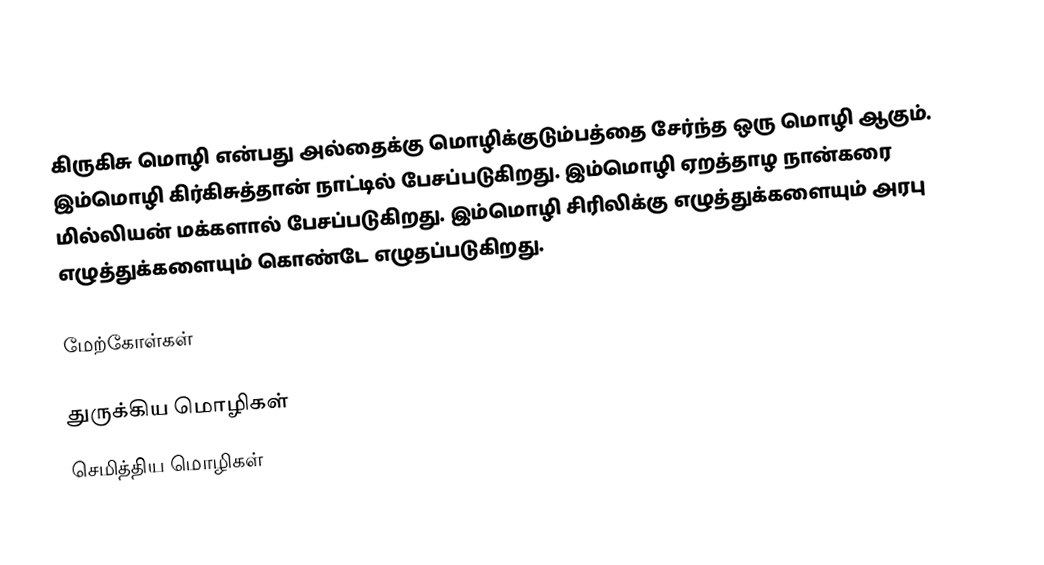
கிருகிசு மொழி என்பது அல்தைக்கு மொழிக்குடும்பத்தை சேர்ந்த ஒரு மொழி ஆகும். இம்மொழி கிர்கிசுத்தான் நாட்டில் பேசப்படுகிறது. இம்மொழி ஏறத்தாழ நான்கரை மில்லியன் மக்களால் பேசப்படுகிறது. இம்மொழி சிரிலிக்கு எழுத்துக்களையும் அரபு எழுத்துக்களையும் கொண்டே எழுதப்படுகிறது.

மேற்கோள்கள்

துருக்கிய மொழிகள்
செமித்திய மொழிகள்